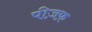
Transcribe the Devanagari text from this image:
पीज़फ़